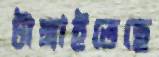
টাঙ্গাইতেছে